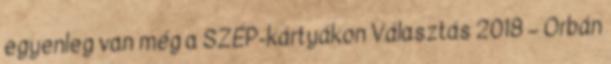
egyenleg van még a SZÉP-kártyákon Választás 2018 – Orbán